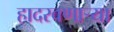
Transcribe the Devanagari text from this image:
हादरवणार्‍या